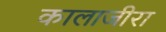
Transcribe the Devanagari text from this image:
कालाजीरा